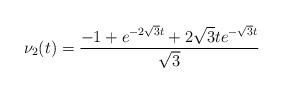
LaTeX: \begin{align*}\nu_2(t) = \frac{-1 + e^{-2\sqrt{3} t} + 2 \sqrt{3} t e^{-\sqrt{3} t}}{\sqrt{3}}\end{align*}